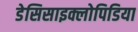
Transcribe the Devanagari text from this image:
डेसिसाइक्लोपिडिया